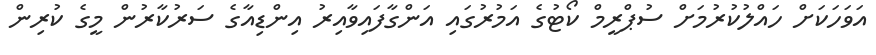
އަވަހަކަށް ހައްލުކުރުމަށް ސުޕްރީމް ކޯޓުގެ އަމުރުގައި އަންގާފައިވާއިރު އިންޑިއާގެ ސަރުކާރުން މީގެ ކުރިން